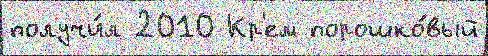
получи́л 2010 Кр'ем порошко́вый